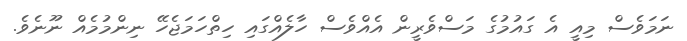
ނަމަވެސް މިއީ އެ ގައުމުގެ މަސްވެރީން އެއްވެސް ހާލެއްގައި ހިތްހަމަޖެހޭ ނިންމުމެއް ނޫނެވެ.